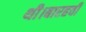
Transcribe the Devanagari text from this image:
थी।बारहवी